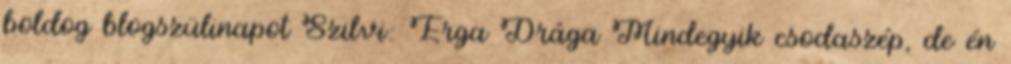
boldog blogszülinapot Szilvi: Erga Drága Mindegyik csodaszép, de én